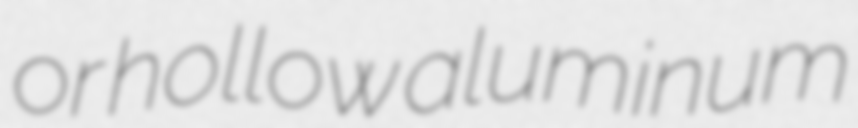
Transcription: or hollow aluminum